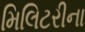
મિલિટરીના